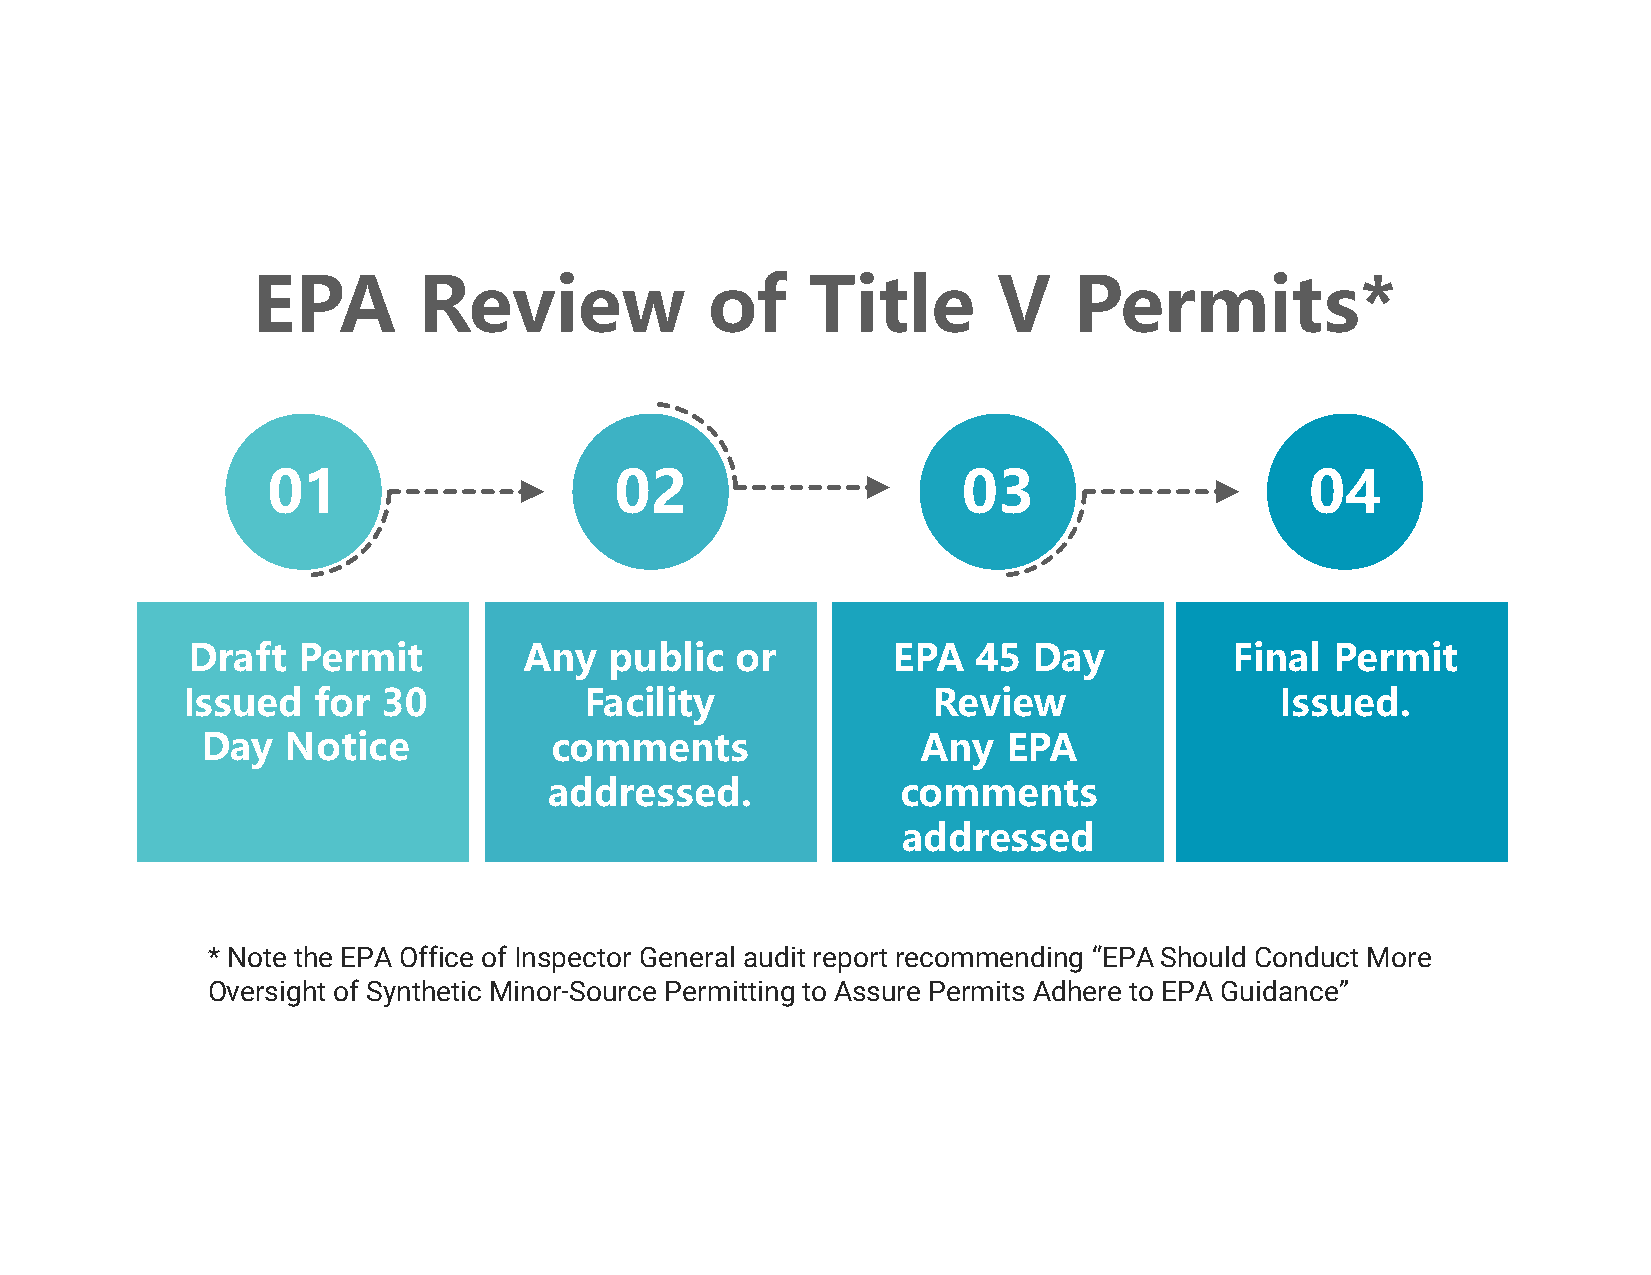
EPA        Review             of     Title       V    Permits*
 01                     02                     03                     04
 Draft   Permit         Any  public   or        EPA   45 Day           Final Permit
 Issued   for 30            Facility               Review                 Issued.
 Day   Notice           comments                 Any   EPA
 addressed.              comments
 addressed
 * Note the EPA Office of Inspector General audit report recommending “EPA Should Conduct More
 Oversight of Synthetic Minor-Source Permitting to Assure Permits Adhere to EPA Guidance”